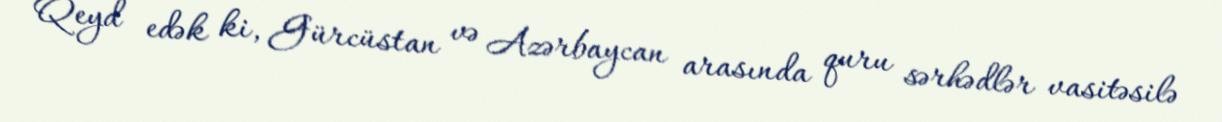
Qeyd edək ki, Gürcüstan və Azərbaycan arasında quru sərhədlər vasitəsilə